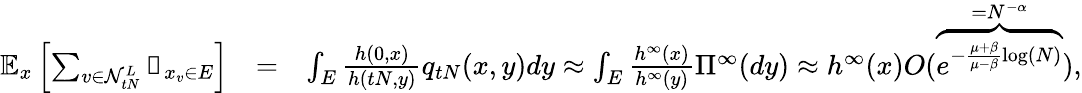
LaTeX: \begin{array}{rlr}{\mathbb{E}_{x}\left[\sum_{v\in\mathcal N_{tN}^{L}}\mathbb{1}_{x_{v}\in E}\right]}&{=}&{\int_{E}\frac{h(0,x)}{h(tN,y)}q_{tN}(x,y)dy\approx\int_{E}\frac{h^{\infty}(x)}{h^{\infty}(y)}\Pi^{\infty}(dy)\approx h^{\infty}(x)O(\overbrace{e^{-\frac{\mu+\beta}{\mu-\beta}\log(N)}}^{=N^{-\alpha}}),}\end{array}